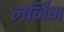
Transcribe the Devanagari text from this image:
लर्निन